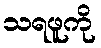
သရဖူကို